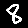
Digit: 8